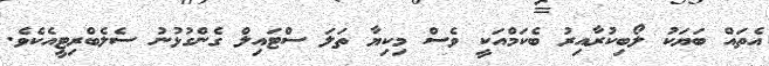
އެތައް ބަޔަކު ލޯބިކުރާއިރު ބެކަމްއަކީ ވެސް މިކިޔާ ތަލަ ސްޓައިލް ގެންގުޅުނު ސެލެބްރިޓީއެކެވެ.